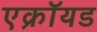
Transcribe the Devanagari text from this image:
एक्रॉयड